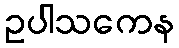
ဥပါသကေန